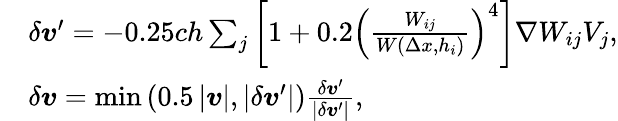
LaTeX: \begin{array}{rl}&{\delta\boldsymbol{v}^{\prime}=-0.25ch\sum_{j}\left[1+0.2\left(\frac{W_{ij}}{W(\Delta x,h_{i})}\right)^{4}\right]{\nabla}W_{ij}V_{j},}\\ &{\delta\boldsymbol{v}=\operatorname*{min}\left(0.5\left|\boldsymbol{v}\right|,\left|\delta\boldsymbol{v}^{\prime}\right|\right)\frac{\delta\boldsymbol{v}^{\prime}}{\left|\delta\boldsymbol{v}^{\prime}\right|},}\end{array}